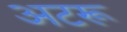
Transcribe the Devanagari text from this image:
अटरू